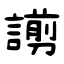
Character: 謭